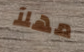
مهلآ